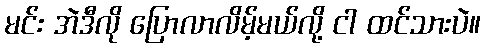
မင်း အဲဒီလို ပြောလာလိမ့်မယ်လို့ ငါ ထင်သားပဲ။